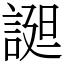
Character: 𧩙